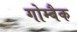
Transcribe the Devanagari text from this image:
गोम्बैक